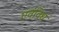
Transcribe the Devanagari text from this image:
एवंविधं